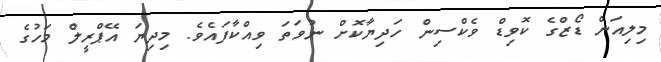
މިލިއަން ޑޯޒްގެ ކޮވިޑް ވެކްސިން ހަދިޔާކޮށް ނުވަތަ ވިއްކާފައެވެ. މިދިޔަ އޭޕްރީލް މަހުގެ